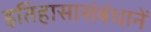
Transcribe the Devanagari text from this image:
इतिहासासंबंधानें